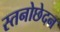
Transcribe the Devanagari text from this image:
स्तनोछेदन